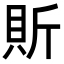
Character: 𧵆